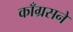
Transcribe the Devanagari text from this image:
काँग्रसने